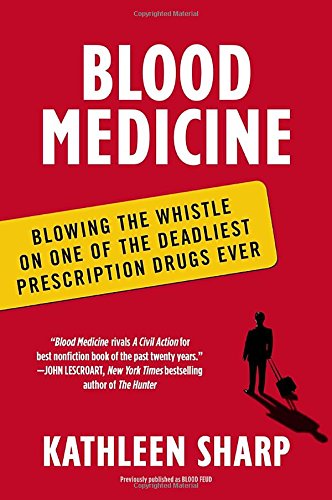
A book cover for Blood Medicine: Blowing the Whistle on One of the Deadliest Prescription Drugs Ever; Kathleen Sharp; Business & Money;